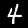
Label: 4